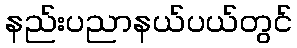
နည်းပညာနယ်ပယ်တွင်